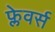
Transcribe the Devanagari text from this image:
फ्लेवर्स